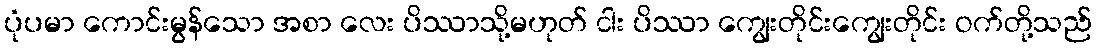
ပုံပမာ ကောင်းမွန်သော အစာ လေး ပိဿာသို့မဟုတ် ငါး ပိဿာ ကျွေးတိုင်းကျွေးတိုင်း ဝက်တို့သည်